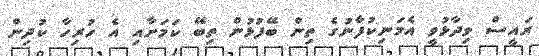
ރައީސް ވިދާޅުވީ އެމަނިކުފާނުގެ ތިން ބޭފުޅުން ތިބޭ ކަމަށާއި އެ ހުރިހާ ކުދިން